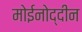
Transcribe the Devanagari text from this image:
मोईनोद्दीन